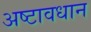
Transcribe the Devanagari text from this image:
अष्टावधान